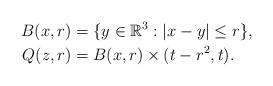
LaTeX: \begin{align*}B(x,r) &= \{y\in \mathbb{R}^{3} : |x-y|\leq r\}, \\Q(z,r) &= B(x,r)\times(t-r^{2}, t).\end{align*}